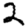
Digit: 2